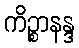
ကိဉ္စာနန္ဒ